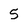
Character: 5